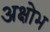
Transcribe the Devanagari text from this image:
अक्षोभ